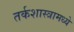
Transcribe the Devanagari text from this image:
तर्कशास्त्रामध्ये